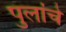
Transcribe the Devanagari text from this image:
पुलांचे